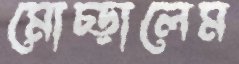
মোচ্‌ড়ালেম